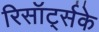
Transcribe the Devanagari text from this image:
रिसॉर्ट्सके